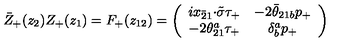
\bar { Z } _ { + } ( z _ { 2 } ) Z _ { + } ( z _ { 1 } ) = F _ { + } ( z _ { 1 2 } ) = \left( \begin{array} { c c } { i x _ { \bar { 2 } 1 } { \cdot \tilde { \sigma } } \tau _ { + } } & { - 2 \bar { \theta } _ { 2 1 b } p _ { + } } \\ { - 2 \theta _ { 2 1 } ^ { a } \tau _ { + } } & { \delta _ { b } ^ { a } p _ { + } } \\ \end{array} \right)